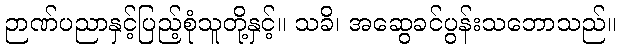
ဉာဏ်ပညာနှင့်ပြည့်စုံသူတို့နှင့်။ သခိ၊ အဆွေခင်ပွန်းသဘောသည်။